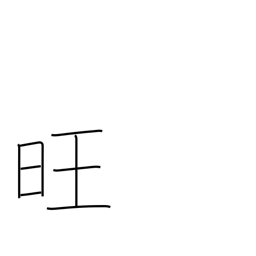
Meaning: vigorous